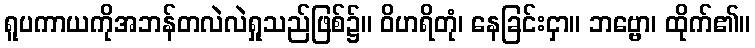
ရူပကာယကိုအဘန်တလဲလဲရှုသည်ဖြစ်၌။ ဝိဟရိတုံ၊ နေခြင်းငှာ။ ဘဗ္ဗော၊ ထိုက်၏။